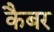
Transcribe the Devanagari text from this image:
कैबर